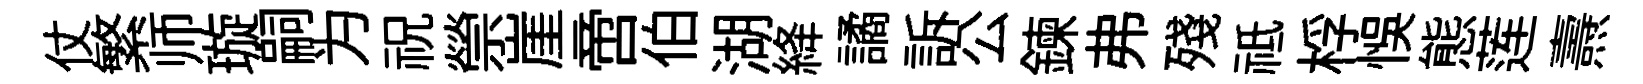
仗繁师璇嗣为祝禜崖啻伯湖絳譎訴公鍊弗殘祗桴悞態莲燾